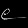
Digit: ၉